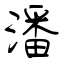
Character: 潘